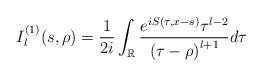
LaTeX: \begin{align*}I_{l}^{\left( 1\right) }(s,\rho)=\frac{1}{2i}\int_{\mathbb{R}}\frac{e^{iS(\tau,x-s)}\tau^{l-2}}{\left( \tau-\rho\right) ^{l+1}}d\tau\end{align*}